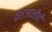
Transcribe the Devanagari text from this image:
वंशजांनीही